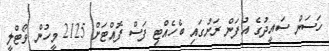
ހަސަން ސައީދުގެ އުފަން ރަށުގައި ބެހެއްޓި ފަސް ފޮއްޓަށް 2125 މީހުން ވޯޓްލީ